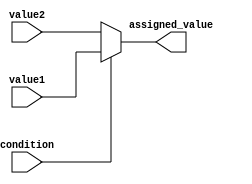
module Conditional_Assignment (
    input condition,
    input [7:0] value1,
    input [7:0] value2,
    output reg [7:0] assigned_value
);

always @(*) begin
    if(condition == 1'b1) begin
        assigned_value = value1;
    end else begin
        assigned_value = value2;
    end
end

endmodule